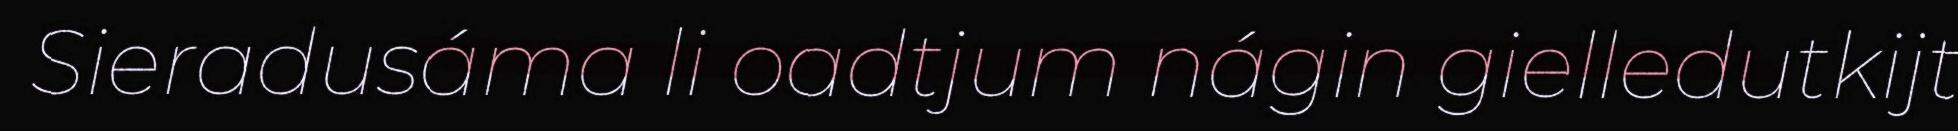
Sieradusáma li oadtjum nágin gielledutkijt